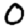
Digit: 0